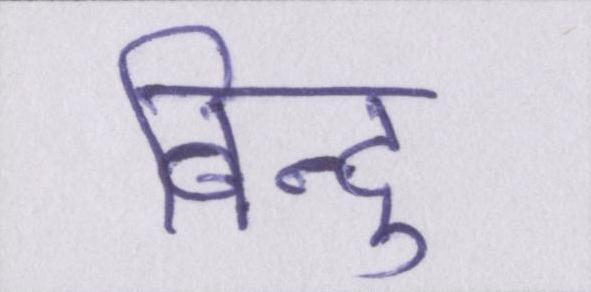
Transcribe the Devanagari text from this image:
बिन्दु